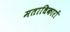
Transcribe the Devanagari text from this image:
मताधिकारों